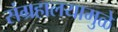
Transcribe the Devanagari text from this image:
संग्रहालयामुळे